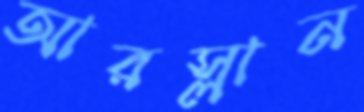
আরস্লান